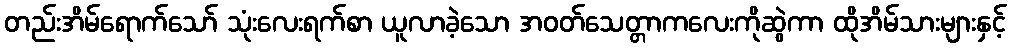
တည်းအိမ်ရောက်သော် သုံးလေးရက်စာ ယူလာခဲ့သော အဝတ်သေတ္တာကလေးကိုဆွဲကာ ထိုအိမ်သားများနှင့်